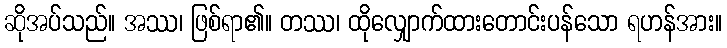
ဆိုအပ်သည်။ အဿ၊ ဖြစ်ရာ၏။ တဿ၊ ထိုလျှောက်ထားတောင်းပန်သော ရဟန်အား။